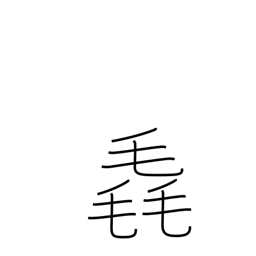
Meaning: fluff